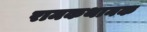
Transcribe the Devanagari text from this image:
रामकथानक